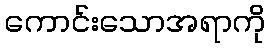
ကောင်းသောအရာကို